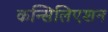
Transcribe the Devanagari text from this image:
कन्सिलिएशन